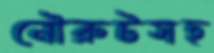
নৌরুটসহ